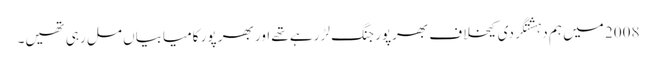
2008 میں ہم دہشتگردی کیخلاف بھرپور جنگ لڑ رہے تھے اور بھر پور کامیابیاں مل رہی تھیں۔